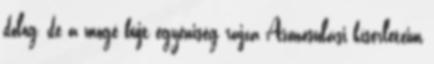
dolog, de a mögé bújt egyéniség rajza Azonosulási kísérleteim